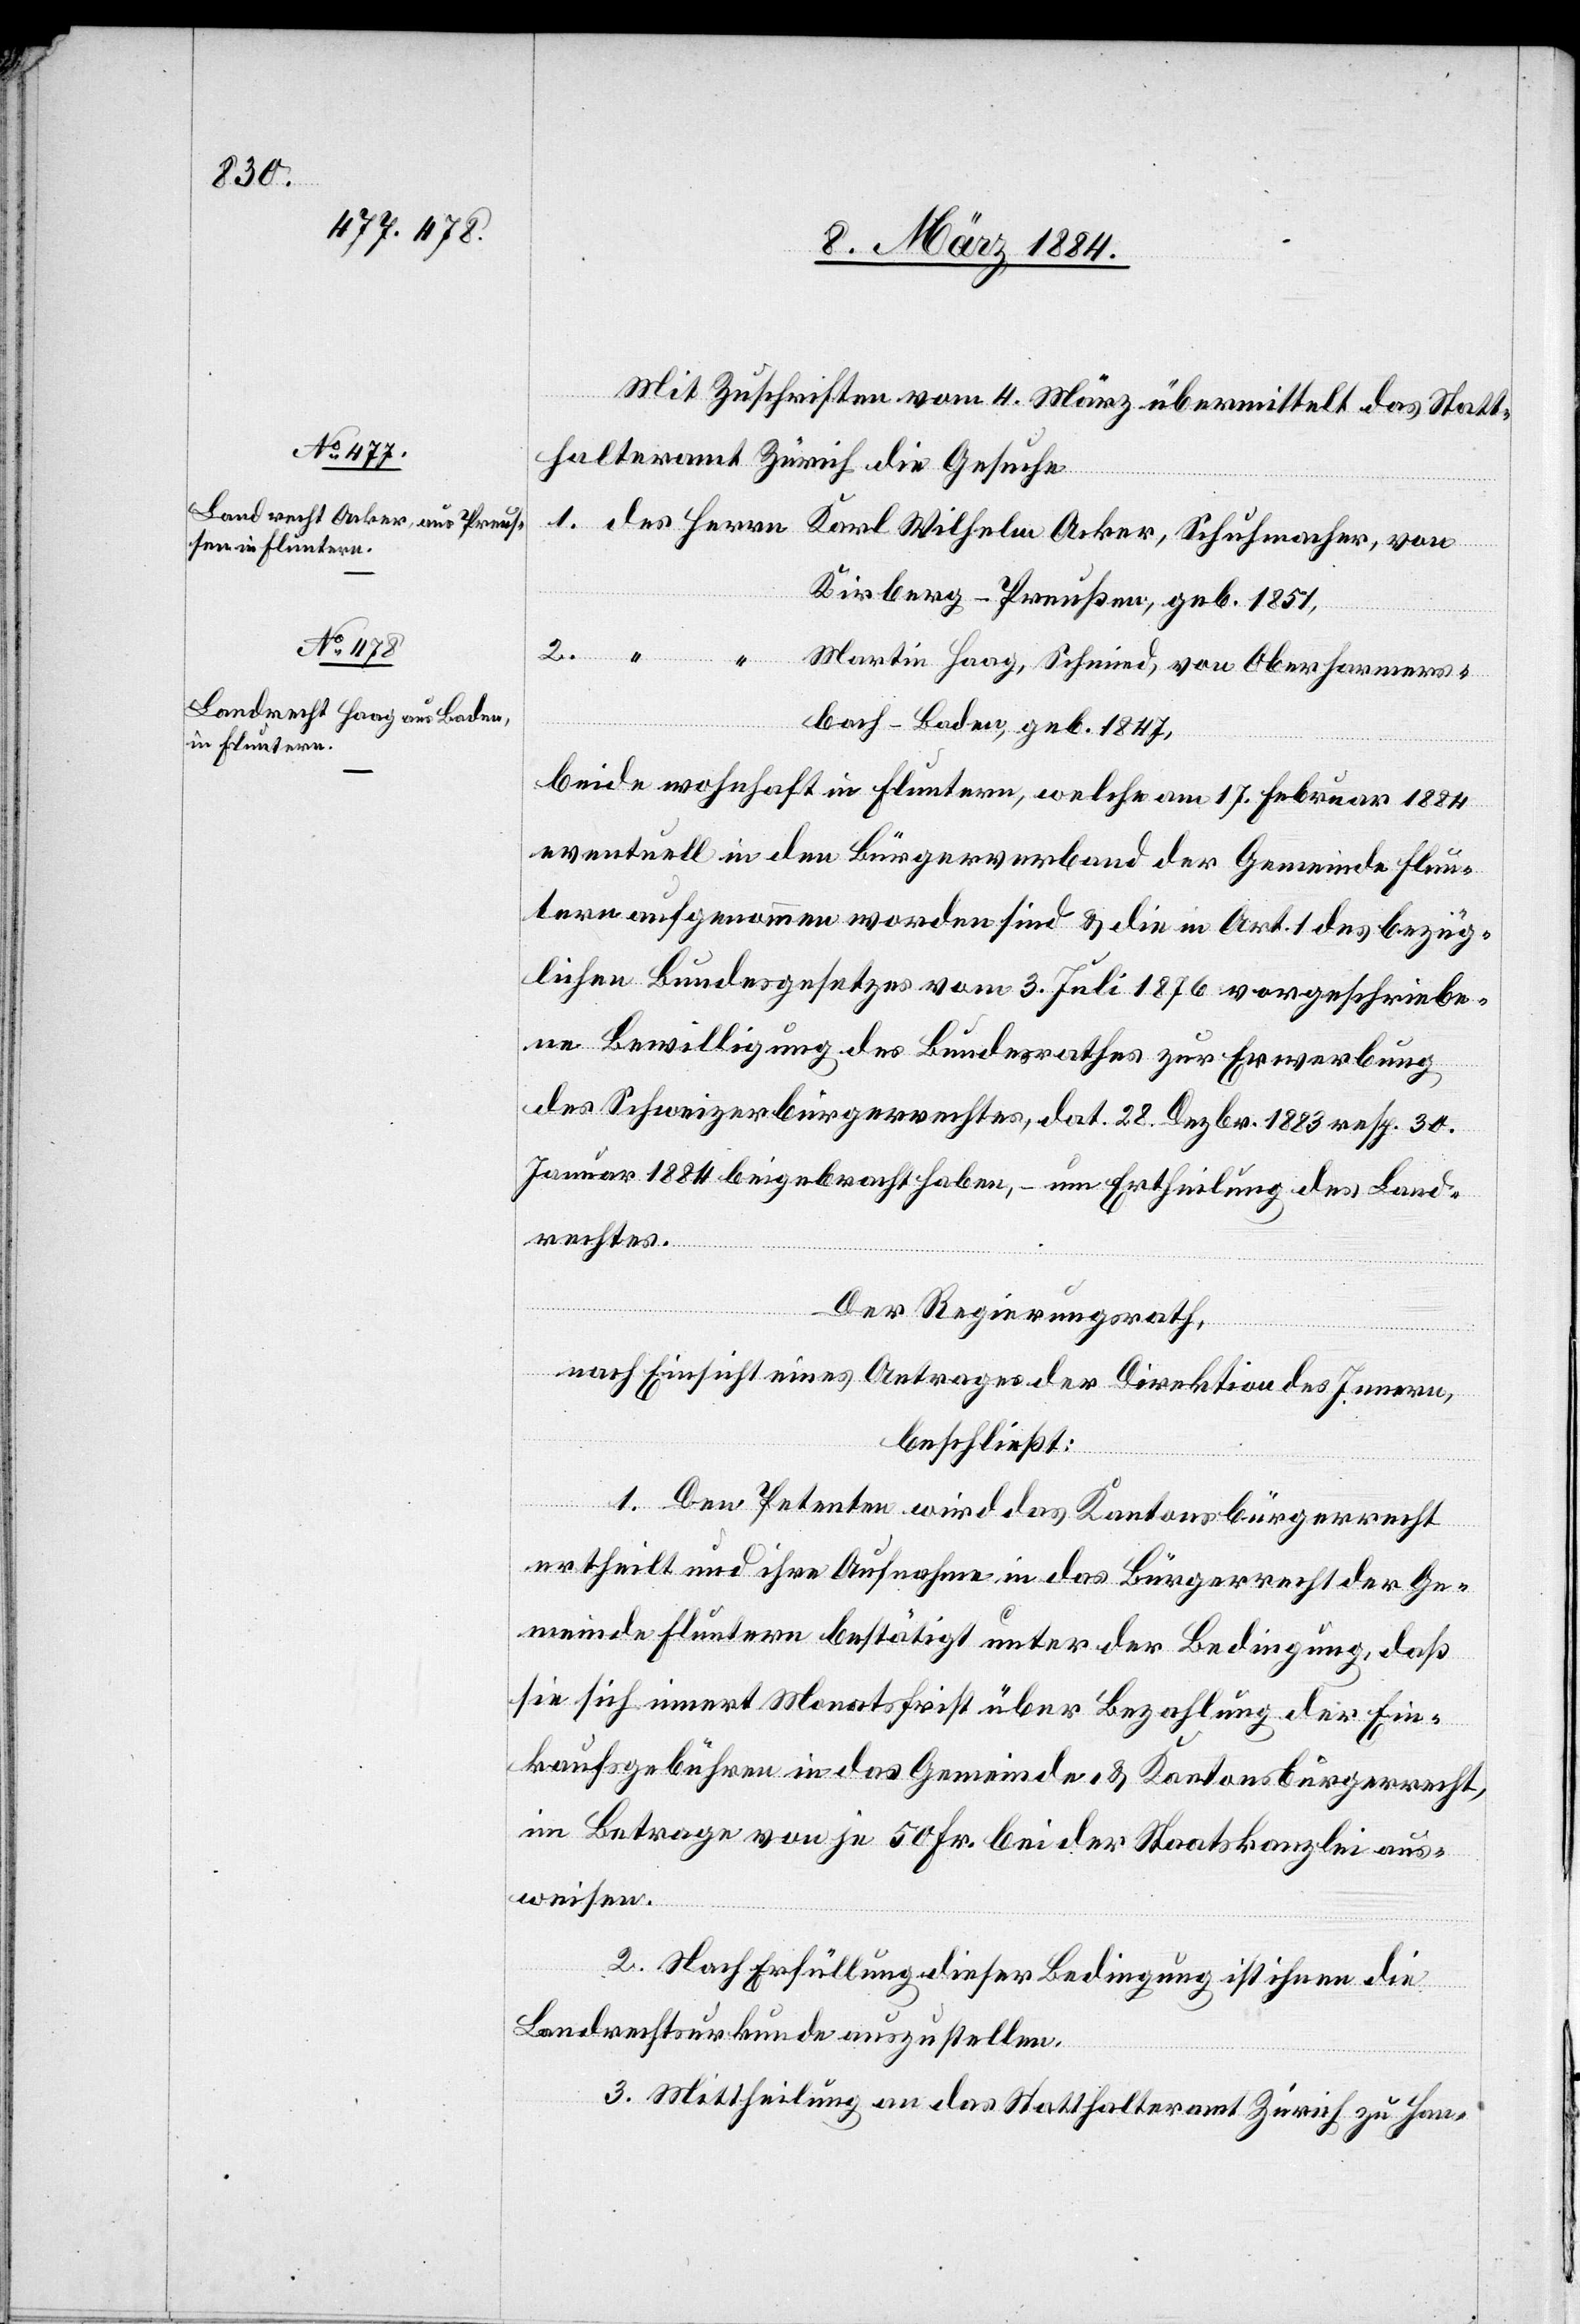
Mit Zuschrift vom 4. März übermittelt das Statt¬
halteramt Zürich die Gesuche
2.
1. des Herrn Karl Wilhelm Acker, Schuhmacher, von
Kirberg - Preußen, geb. 1851,
Martin Haag, Schmid, von Oberhammers¬
bach - Baden, geb. 1847,
beide wohnhaft in Fluntern, welche am 17. Februar 1884
eventuell in den Bürgerverband der Gemeinde Flun¬
tern aufgenommen worden sind & die in Art. 1 des bezüg¬
lichen Bundesgesetzes vom 3. Juli 1876 vorgeschriebe¬
ne Bewilligung des Bundesrathes zur Erwerbung
des Schweizerbürgerrechtes, dat. 28. Dezbr. 1883 resp. 30.
Januar 1884 beigebracht haben, – um Ertheilung des Land¬
rechtes.
Der Regierungsrath,
nach Einsicht eines Antrages der Direktion des Innern,
beschließt:
Herrn]
1. Den Petenten wird das Kantonsbürgerrecht
ertheilt und ihre Aufnahme in das Bürgerrecht der Ge¬
meinde Fluntern bestätigt unter der Bedingung, daß
sie sich innert Monatsfrist über Bezahlung der Ein¬
kaufgebühren in das Gemeinde- & Kantonsbürgerrecht,
im Betrage von je 50 Fr. bei der Staatskanzlei aus¬
weisen.
2. Nach Erfüllung dieser Bedingung ist ihnen die
Landrechtsurkunde auszustellen.
3. Mittheilung an das Statthalteramt Zürich zu Han-